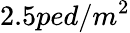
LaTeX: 2.5ped/m^{2}